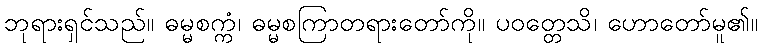
ဘုရားရှင်သည်။ ဓမ္မစက္ကံ၊ ဓမ္မစကြာတရားတော်ကို။ ပဝတ္တေသိ၊ ဟောတော်မူ၏။